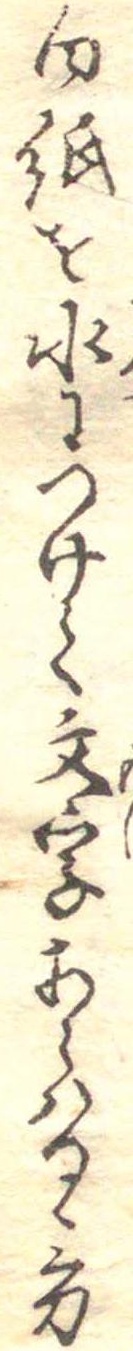
白紙を水につけて文字あらはるゝ方